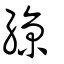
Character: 綡